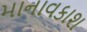
માનાવકાશ